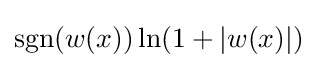
\operatorname {sgn}(w(x))\ln(1+|w(x)|)